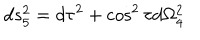
d s _ { 5 } ^ { 2 } = d \tau ^ { 2 } + \cos ^ { 2 } \tau d \Omega _ { 4 } ^ { 2 }